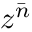
z ^ { \bar { n } }